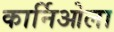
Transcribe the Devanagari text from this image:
कार्निओला